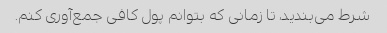
شرط می‌بندید، تا زمانی که بتوانم پول کافی جمع‌آوری کنم.